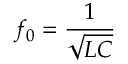
f _ { 0 } = \frac { 1 } { \sqrt { L C } }